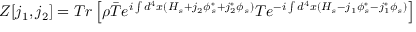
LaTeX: Z [ j _ { 1 } , j _ { 2 } ] = T r \left[ \rho \bar { T } { e ^ { i \int d ^ { 4 } x ( H _ { s } + j _ { 2 } \phi _ { s } ^ { * } + j _ { 2 } ^ { * } \phi _ { s } ) } } T { e ^ { - i \int d ^ { 4 } x ( H _ { s } - j _ { 1 } \phi _ { s } ^ { \ast } - j _ { 1 } ^ { \ast } \phi _ { s } ) } } \right]